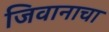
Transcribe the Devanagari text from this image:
जिवानाचा